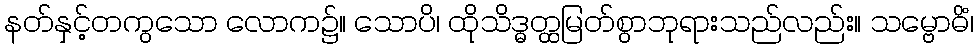
နတ်နှင့်တကွသော လောက၌။ သောပိ၊ ထိုသိဒ္ဓတ္ထမြတ်စွာဘုရားသည်လည်း။ သမ္ဗောဓိံ၊